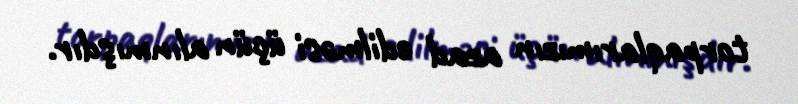
torpaqlarımızın azad edilməsi üçün alınmışdır.